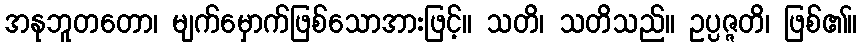
အနုဘူတတော၊ မျက်မှောက်ဖြစ်သောအားဖြင့်။ သတိ၊ သတိသည်။ ဥပ္ပဇ္ဇတိ၊ ဖြစ်၏။